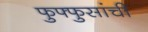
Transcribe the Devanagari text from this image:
फुफ्फुसांची